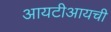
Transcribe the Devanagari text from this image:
आयटीआयची